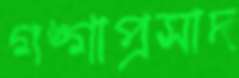
গঙ্গাপ্রসাদ